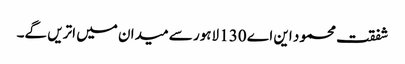
شفقت محمود این اے 130 لاہور سے میدان میں اتریں گے۔